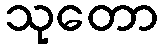
သုတော